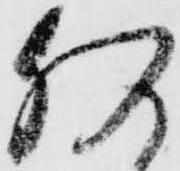
何